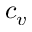
c _ { v }